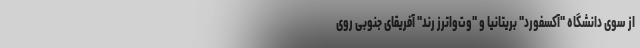
از سوی دانشگاه "آکسفورد" بریتانیا و "وت‌واترز رند" آفریقای جنوبی روی